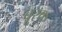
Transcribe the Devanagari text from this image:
बू्रक